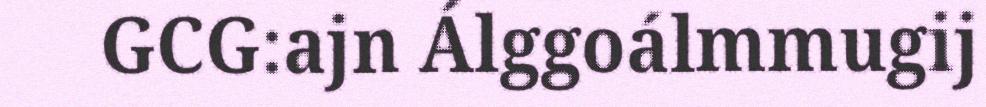
GCG:ajn Álggoálmmugij